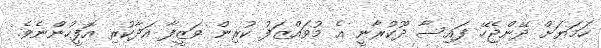
ހަމަޔަށް ދޭންޖެހޭ ފައިސާ ދޫކުރާނީ އެ މުވައްޒަފު ކުރިން ވަޒީފާ އަދާކުރި އޮފީހުންނެވެ.